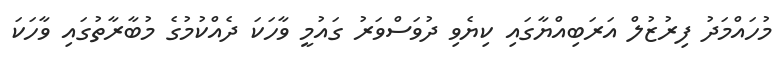
މުހައްމަދު ފިރުޒުލް އަރަބިއްޔާގައި ކިޔެވި ދުވަސްވަރު ގައުމީ ވާހަކަ ދެއްކުމުގެ މުބާރާތުގައި ވާހަކަ